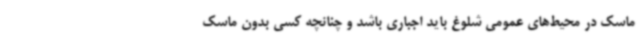
ماسک در محیط‌های عمومی شلوغ باید اجباری باشد و چنانچه کسی بدون ماسک